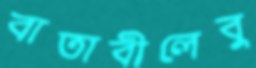
বাতাবীলেবু